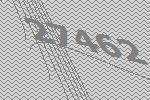
27462